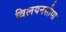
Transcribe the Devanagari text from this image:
विलयनसीमा